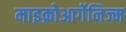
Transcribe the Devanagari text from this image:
माइक्रोआर्गेनिज्म